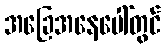
အခြေအနေပေါ်တွင်